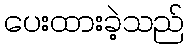
ပေးထားခဲ့သည်